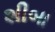
શીબા